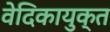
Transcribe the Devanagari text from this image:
वेदिकायुक्त